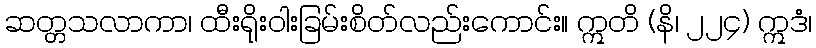
ဆတ္တသလာကာ၊ ထီးရိုးဝါးခြမ်းစိတ်လည်းကောင်း။ ဣတိ (နိ၊ ၂၂၄) ဣဒံ၊